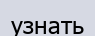
узнать